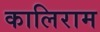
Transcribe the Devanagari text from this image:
कालिराम